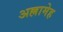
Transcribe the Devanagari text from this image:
अल्लामेह